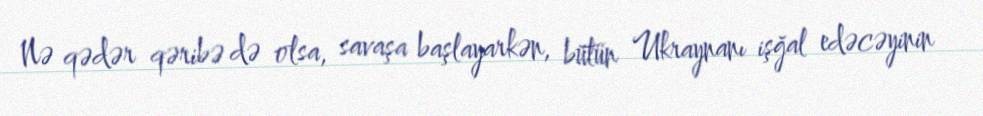
Nə qədər qəribə də olsa, savaşa başlayarkən, bütün Ukraynanı işğal edəcəyinin